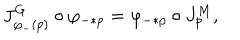
J _ { \varphi _ { - } ( p ) } ^ { G } \circ \varphi _ { - * p } = \varphi _ { - * p } \circ J _ { p } ^ { M } ,